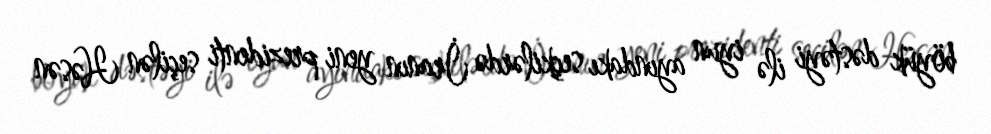
böyük dəstəyi ilə iyun ayındakı seçkilərdə İranın yeni prezidenti seçilən Həsən